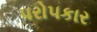
૫રો૫કાર